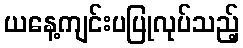
ယနေ့ကျင်းပပြုလုပ်သည့်